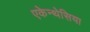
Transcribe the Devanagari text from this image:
एकेन्थेसिया